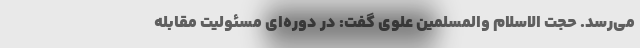
می‌رسد. حجت الاسلام والمسلمین علوی گفت: در دوره‌ای مسئولیت مقابله